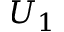
U _ { 1 }